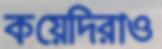
কয়েদিরাও